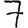
Digit: 7